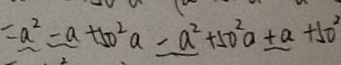
= a ^ { 2 } - a + 5 0 ^ { 2 } a - a ^ { 2 } + 5 0 ^ { 2 } a + a + 5 0 ^ { 2 }